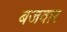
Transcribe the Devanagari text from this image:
बजवार